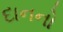
દાનનો